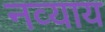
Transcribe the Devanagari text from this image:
नव्याय